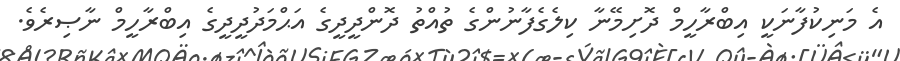
އެ މަނިކުފާނަކީ އިބްރާހީމް ދޮށިމޭނާ ކިލެގެފާނުންގެ ތުއްތު ދޮންދީދީގެ އަޙްމަދުދީދީގެ އިބްރާހީމް ނާޞިރެވެ.